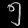
Digit: ၅